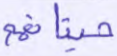
حيتانهم